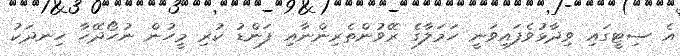
އެ ސިޓީގައި ވިދާޅުވެފައިވަނީ ހަމަލާގެ ރޭވުންތެރިންނާއި ފަންޑު ކުރި މީހުން ނުހޯދޭހާ ހިނދަކު